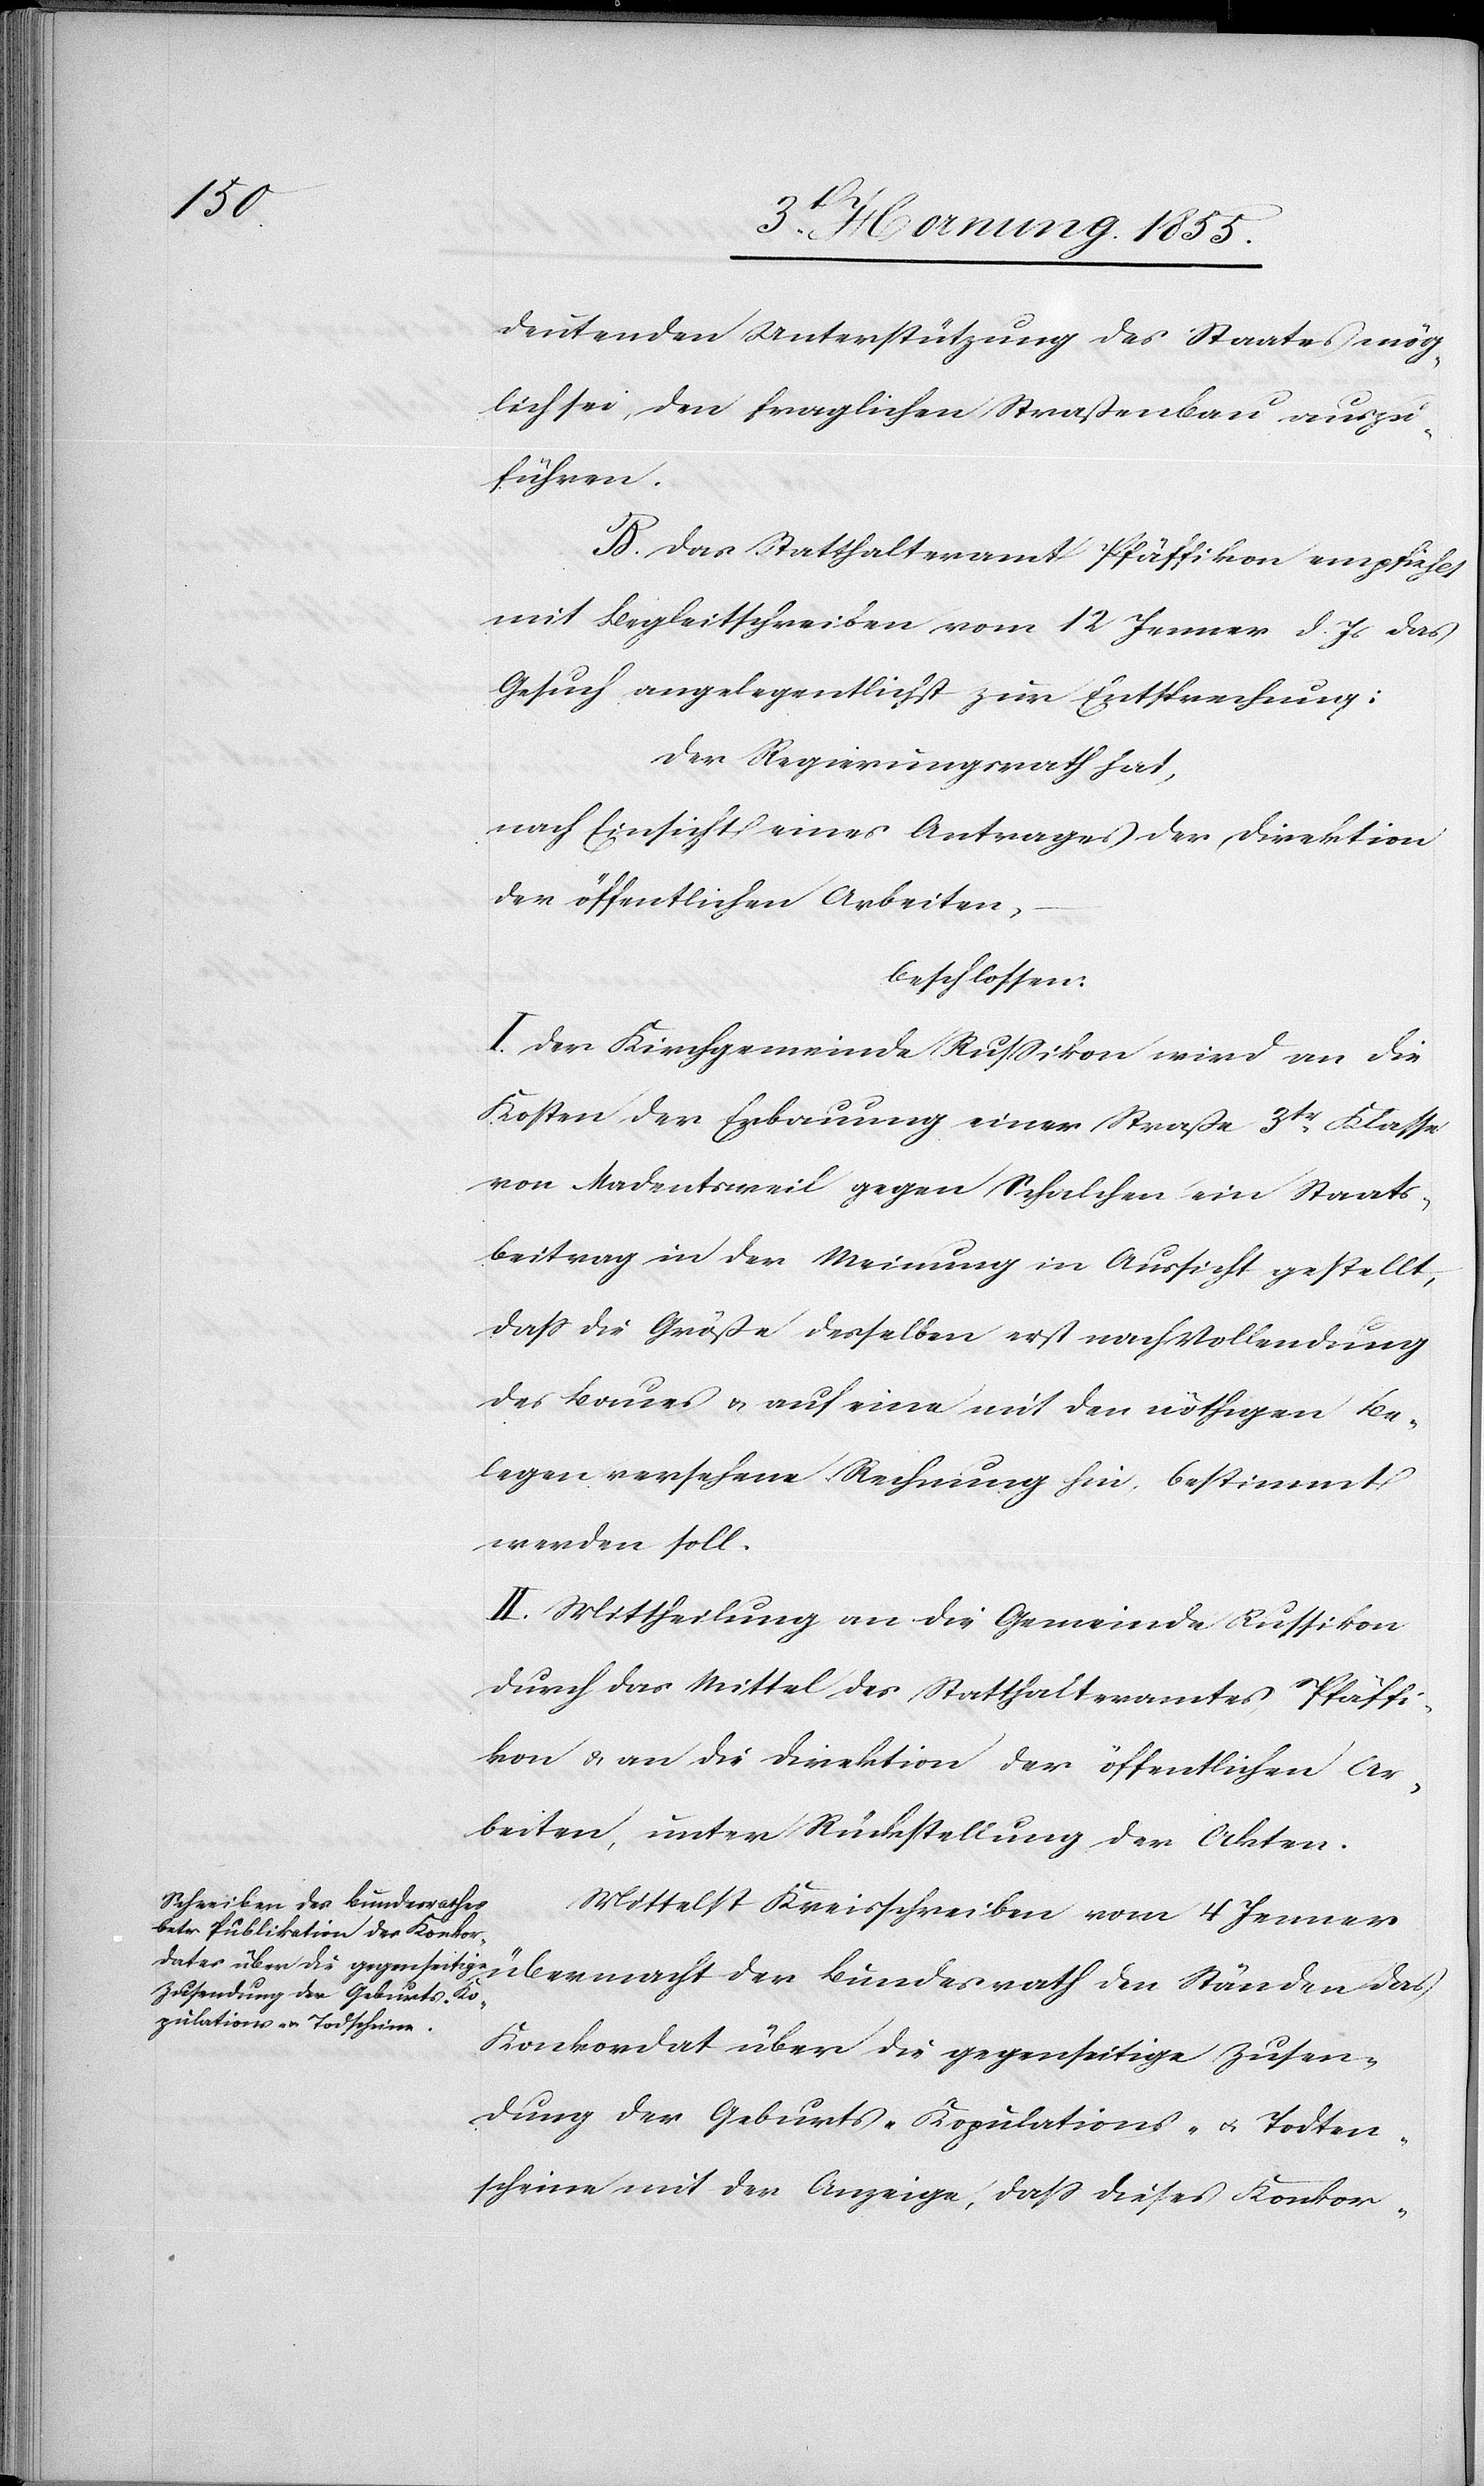
deutenden Unterstützung des Staates mög¬
lich sei, den fraglichen Straßenbau auszu¬
führen.
B. Das Statthalteramt Pfäffikon empfiehlt
mit Begleitschreiben vom 12 Jenner d. Js das
Gesuch angelegentlichst zur Entsprechung.
Der Regierungsrath hat,
nach Einsicht eines Antrages der Direktion
der öffentlichen Arbeiten,
beschlossen:
I. Der Kirchgemeinde Russikon wird an die
Kosten der Erbauung einer Straße 3tr. Klasse
von Madentsweil gegen Schalchen ein Staats¬
beitrag in der Meinung in Aussicht gestellt,
dass die Größe desselben erst nach Vollendung
des Baues & auf eine mit den nöthigen Be¬
legen versehene Rechnung hin, bestimmt
werden soll.
II. Mittheilung an die Gemeinde Russikon
durch das Mittel des Statthalteramtes Pfäffi¬
kon & an die Direktion der öffentlichen Ar¬
beiten, unter Rückstellung der Akten.
Mittelst Kreisschreiben vom 4 Jenner
übermacht der Bundesrath den Ständen das
Konkordat über die gegenseitige Zusen¬
dung der Geburts-[,] Kopulations- & Todten¬
scheine mit der Anzeige, dass dieses Konkor-